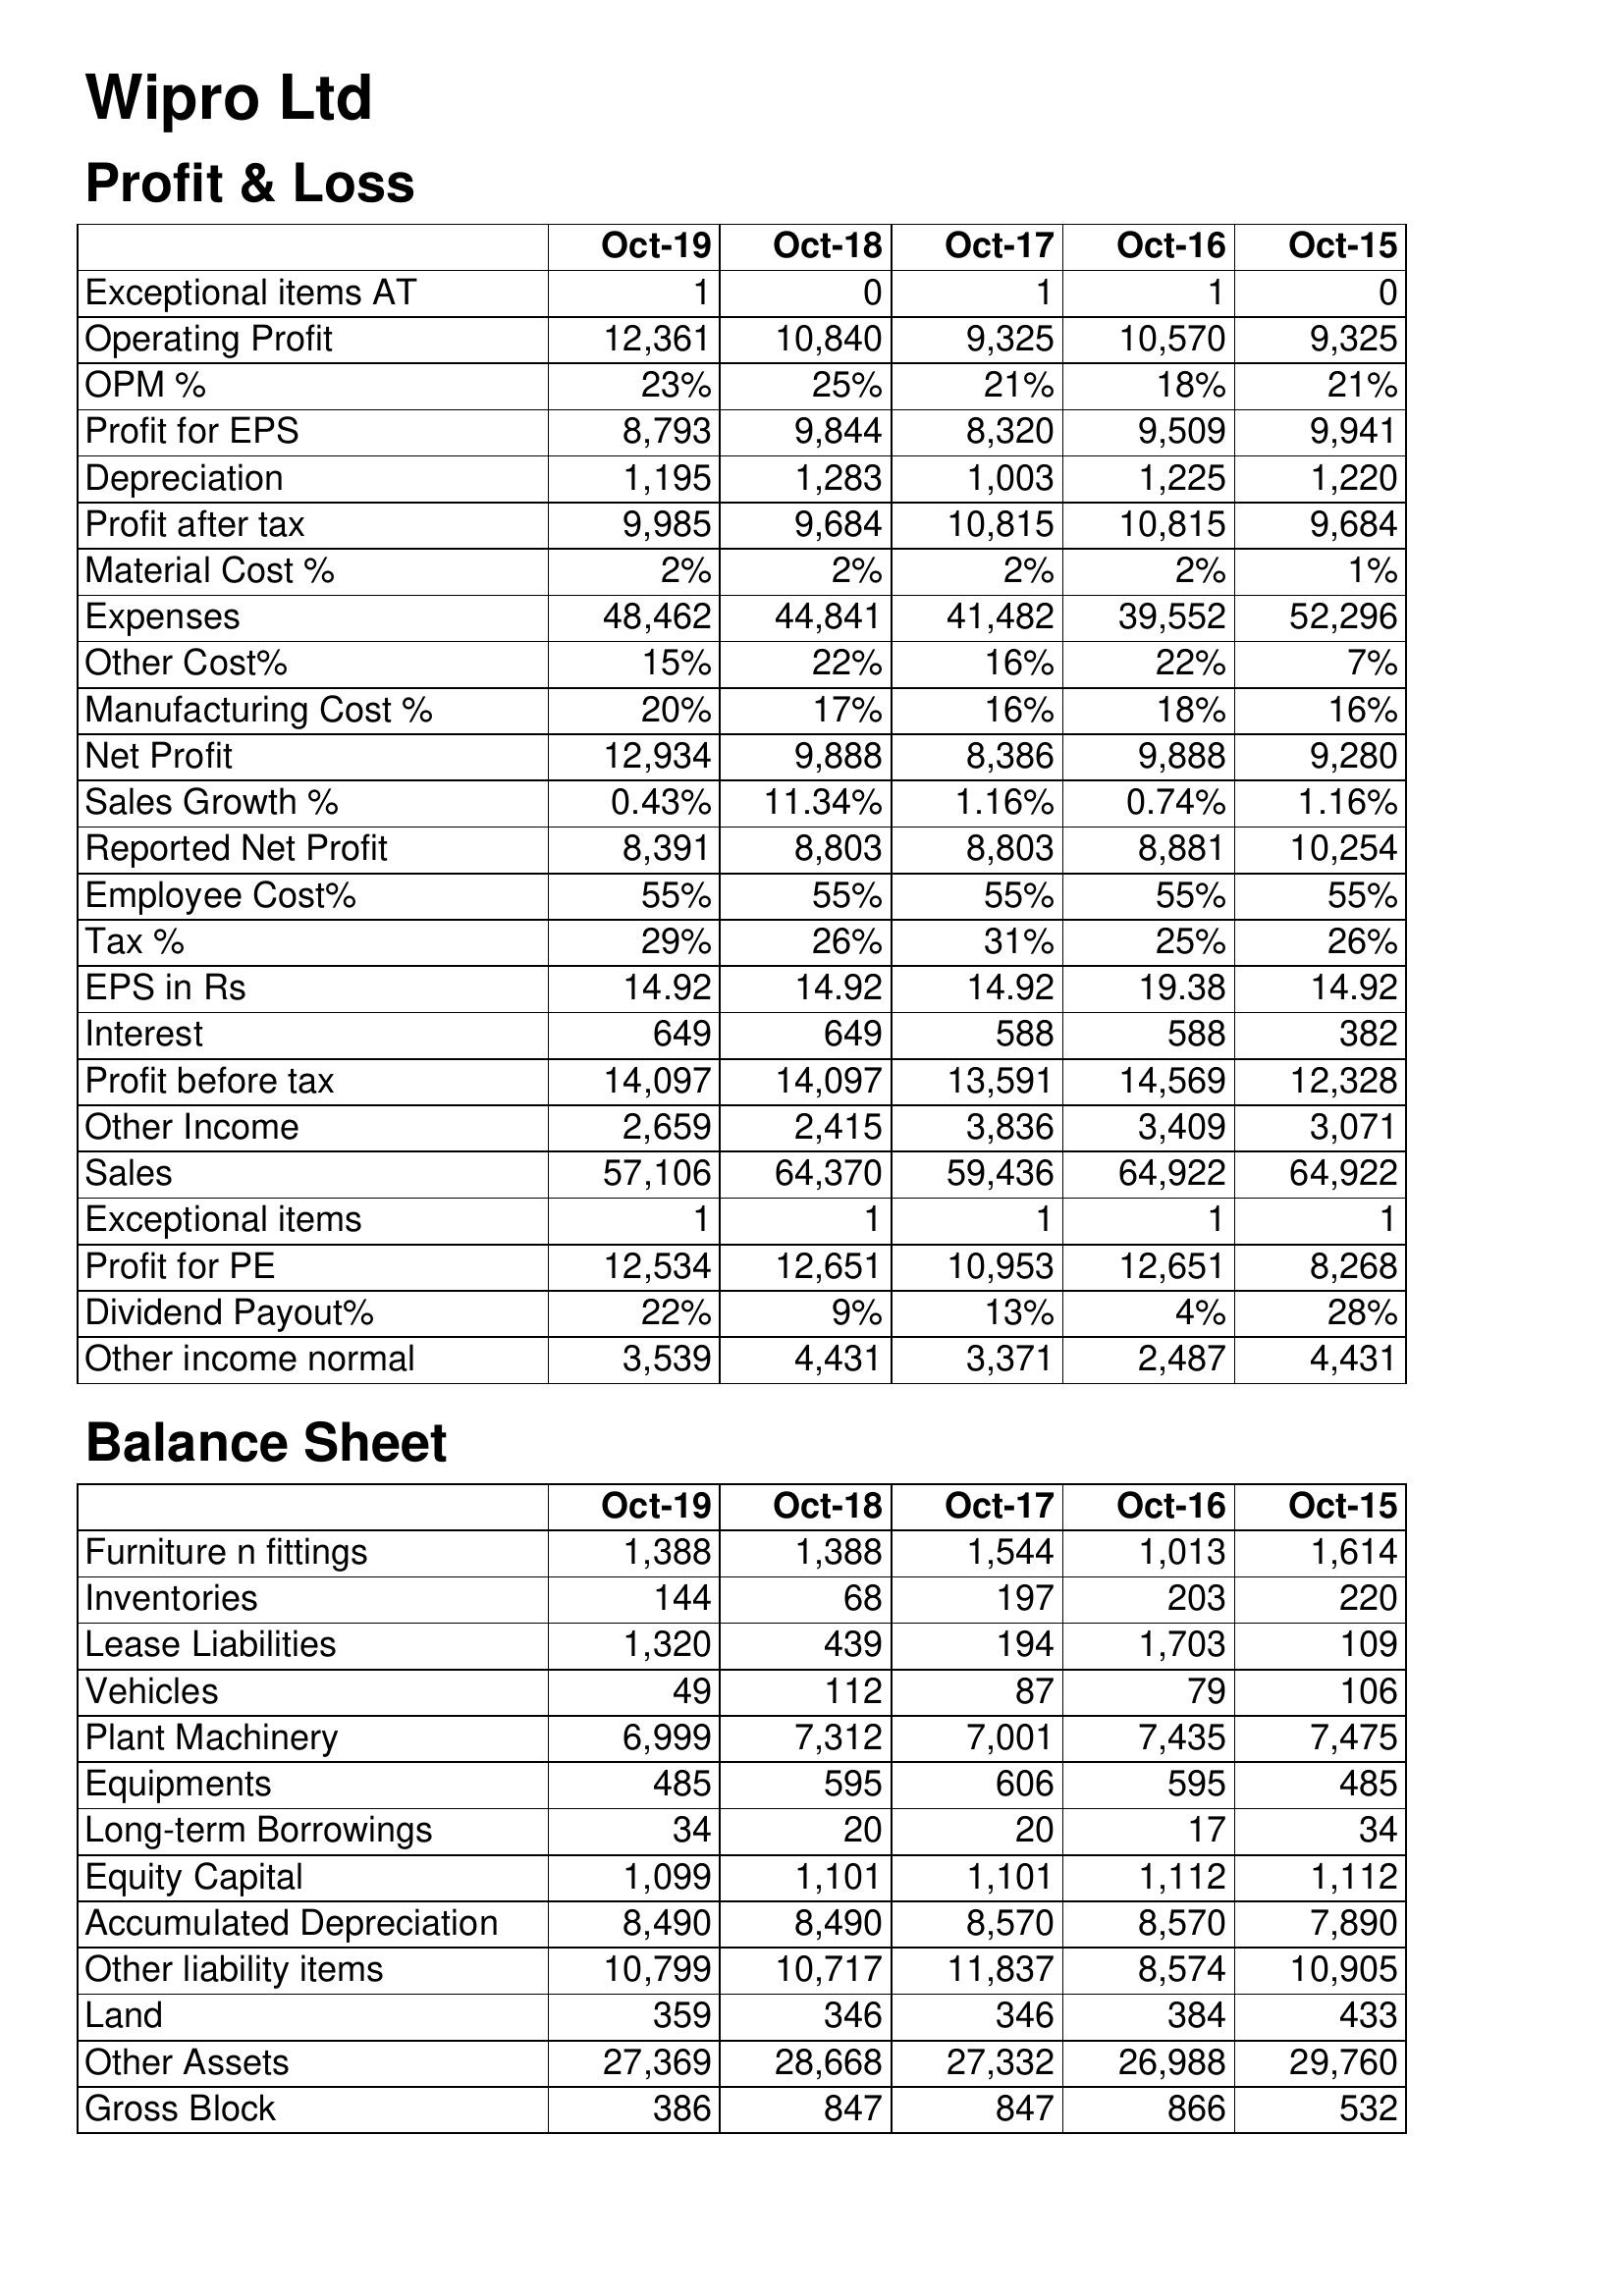
Oct-19: Profit & Loss: Exceptional items AT: 1
Operating Profit: 12,361
OPM %: 23%
Profit for EPS: 8,793
Depreciation: 1,195
Profit after tax: 9,985
Material Cost %: 2%
Expenses: 48,462
Other Cost%: 15%
Manufacturing Cost %: 20%
Net Profit: 12,934
Sales Growth %: 0.43%
Reported Net Profit: 8,391
Employee Cost%: 55%
Tax %: 29%
EPS in Rs: 14.92
Interest: 649
Profit before tax: 14,097
Other Income: 2,659
Sales: 57,106
Exceptional items: 1
Profit for PE: 12,534
Dividend Payout%: 22%
Other income normal: 3,539
Balance Sheet: Furniture n fittings: 1,388
Inventories: 144
Lease Liabilities: 1,320
Vehicles: 49
Plant Machinery: 6,999
Equipments: 485
Long-term Borrowings: 34
Equity Capital: 1,099
Accumulated Depreciation: 8,490
Other liability items: 10,799
Land: 359
Other Assets: 27,369
Gross Block: 386
Oct-18: Profit & Loss: Exceptional items AT: 0
Operating Profit: 10,840
OPM %: 25%
Profit for EPS: 9,844
Depreciation: 1,283
Profit after tax: 9,684
Material Cost %: 2%
Expenses: 44,841
Other Cost%: 22%
Manufacturing Cost %: 17%
Net Profit: 9,888
Sales Growth %: 11.34%
Reported Net Profit: 8,803
Employee Cost%: 55%
Tax %: 26%
EPS in Rs: 14.92
Interest: 649
Profit before tax: 14,097
Other Income: 2,415
Sales: 64,370
Exceptional items: 1
Profit for PE: 12,651
Dividend Payout%: 9%
Other income normal: 4,431
Balance Sheet: Furniture n fittings: 1,388
Inventories: 68
Lease Liabilities: 439
Vehicles: 112
Plant Machinery: 7,312
Equipments: 595
Long-term Borrowings: 20
Equity Capital: 1,101
Accumulated Depreciation: 8,490
Other liability items: 10,717
Land: 346
Other Assets: 28,668
Gross Block: 847
Oct-17: Profit & Loss: Exceptional items AT: 1
Operating Profit: 9,325
OPM %: 21%
Profit for EPS: 8,320
Depreciation: 1,003
Profit after tax: 10,815
Material Cost %: 2%
Expenses: 41,482
Other Cost%: 16%
Manufacturing Cost %: 16%
Net Profit: 8,386
Sales Growth %: 1.16%
Reported Net Profit: 8,803
Employee Cost%: 55%
Tax %: 31%
EPS in Rs: 14.92
Interest: 588
Profit before tax: 13,591
Other Income: 3,836
Sales: 59,436
Exceptional items: 1
Profit for PE: 10,953
Dividend Payout%: 13%
Other income normal: 3,371
Balance Sheet: Furniture n fittings: 1,544
Inventories: 197
Lease Liabilities: 194
Vehicles: 87
Plant Machinery: 7,001
Equipments: 606
Long-term Borrowings: 20
Equity Capital: 1,101
Accumulated Depreciation: 8,570
Other liability items: 11,837
Land: 346
Other Assets: 27,332
Gross Block: 847
Oct-16: Profit & Loss: Exceptional items AT: 1
Operating Profit: 10,570
OPM %: 18%
Profit for EPS: 9,509
Depreciation: 1,225
Profit after tax: 10,815
Material Cost %: 2%
Expenses: 39,552
Other Cost%: 22%
Manufacturing Cost %: 18%
Net Profit: 9,888
Sales Growth %: 0.74%
Reported Net Profit: 8,881
Employee Cost%: 55%
Tax %: 25%
EPS in Rs: 19.38
Interest: 588
Profit before tax: 14,569
Other Income: 3,409
Sales: 64,922
Exceptional items: 1
Profit for PE: 12,651
Dividend Payout%: 4%
Other income normal: 2,487
Balance Sheet: Furniture n fittings: 1,013
Inventories: 203
Lease Liabilities: 1,703
Vehicles: 79
Plant Machinery: 7,435
Equipments: 595
Long-term Borrowings: 17
Equity Capital: 1,112
Accumulated Depreciation: 8,570
Other liability items: 8,574
Land: 384
Other Assets: 26,988
Gross Block: 866
Oct-15: Profit & Loss: Exceptional items AT: 0
Operating Profit: 9,325
OPM %: 21%
Profit for EPS: 9,941
Depreciation: 1,220
Profit after tax: 9,684
Material Cost %: 1%
Expenses: 52,296
Other Cost%: 7%
Manufacturing Cost %: 16%
Net Profit: 9,280
Sales Growth %: 1.16%
Reported Net Profit: 10,254
Employee Cost%: 55%
Tax %: 26%
EPS in Rs: 14.92
Interest: 382
Profit before tax: 12,328
Other Income: 3,071
Sales: 64,922
Exceptional items: 1
Profit for PE: 8,268
Dividend Payout%: 28%
Other income normal: 4,431
Balance Sheet: Furniture n fittings: 1,614
Inventories: 220
Lease Liabilities: 109
Vehicles: 106
Plant Machinery: 7,475
Equipments: 485
Long-term Borrowings: 34
Equity Capital: 1,112
Accumulated Depreciation: 7,890
Other liability items: 10,905
Land: 433
Other Assets: 29,760
Gross Block: 532